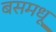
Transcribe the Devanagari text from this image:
बसमधू